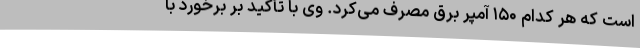
است که هر کدام ۱۵۰ آمپر برق مصرف می‌کرد. وی با تأکید بر برخورد با